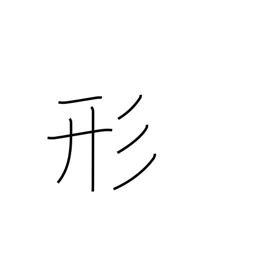
Meaning: form